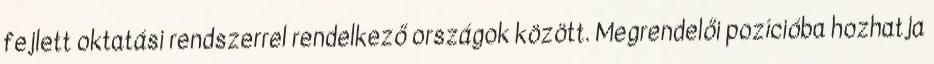
fejlett oktatási rendszerrel rendelkező országok között. Megrendelői pozícióba hozhatja